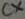
Text: CX